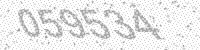
Solution: 059534